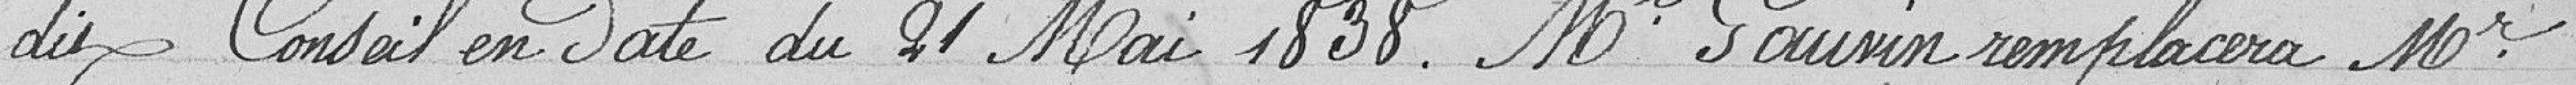
dit conseil en date du 21 Mai 1838. Mr Gauvin remplacera Mr